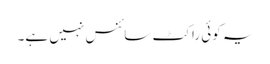
یہ کوئی راکٹ سائنس نہیں ہے۔